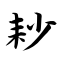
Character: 耖